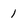
Character: 1